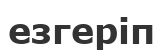
езгеріп